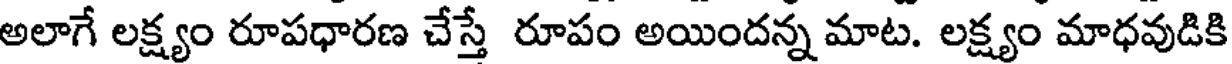
అలాగే లక్ష్యం రూపధారణ చేస్తే రూపం అయిందన్న మాట. లక్ష్యం మాధవుడికి